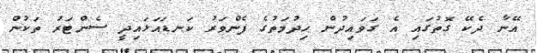
އޭނާ ދެކޭ ގޮތުގައި އެ ގަވައިދުން ހިދުމަތުގެ ފެންވަރު ކަނޑައަޅައިދީ ސެންޓަރު ތަކުން